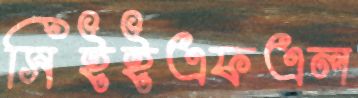
সিইইএফএল